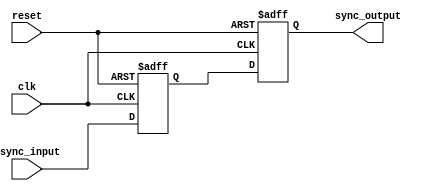
module Two_flop_synchronizer(
    input wire clk,
    input wire reset,
    input wire async_input,
    output reg sync_output
);

reg flop1;
reg flop2;

always @(posedge clk or posedge reset) begin
    if (reset) begin
        flop1 <= 1'b0;
        flop2 <= 1'b0;
    end else begin
        flop1 <= async_input;
        flop2 <= flop1;
    end
end

assign sync_output = flop2;

endmodule